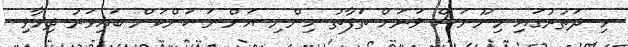
މި ދަތުރުގައި މިނޫނަސް ވަރަށް ތަފާތު ހިންނި އަންނަ ކަންކަން ބައިވަރު ދިމާވި